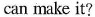
can make it?